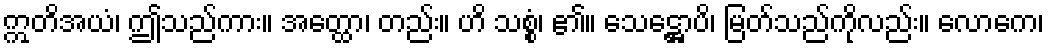
ဣတိအယံ၊ ဤသည်ကား။ အတ္ထော၊ တည်း။ ဟိ သစ္စံ၊ ၏။ သေဋ္ဌောပိ၊ မြတ်သည်ကိုလည်း။ လောကေ၊